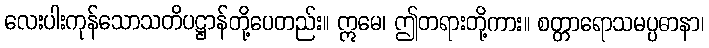
လေးပါးကုန်သောသတိပဋ္ဌာန်တို့ပေတည်း။ ဣမေ၊ ဤတရားတို့ကား။ စတ္တာရောသမပ္ပဓာနာ၊